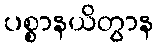
ပစ္စာနယိတွာန